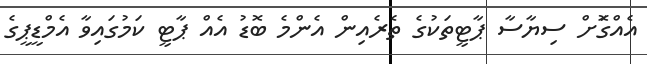
އެއްގޮަށް ސިޔާސާ ޕާޓީތަކުގެ ތެރެއިން އެންމެ ބޮޑު އެއް ޕާޓީ ކަމުގައިވާ އެމްޑީޕީގެ